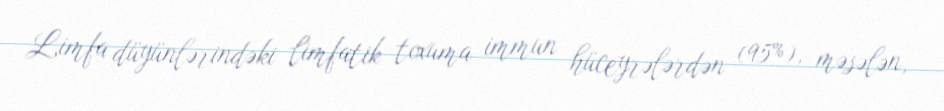
Limfa düyünlərindəki limfatik toxuma immun hüceyrələrdən (95%), məsələn,